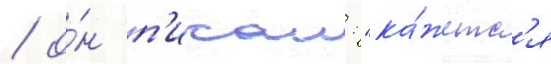
/ о́н п'исал: "ка́жетс'я